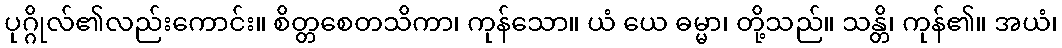
ပုဂ္ဂိုလ်၏လည်းကောင်း။ စိတ္တစေတသိကာ၊ ကုန်သော။ ယံ ယေ ဓမ္မာ၊ တို့သည်။ သန္တိ၊ ကုန်၏။ အယံ၊